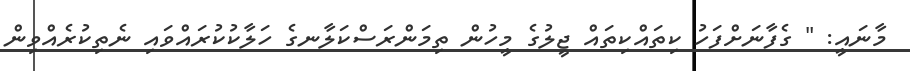
މާނައީ: " ގެފާނަށްފަހު ކިތައްކިތައް ޖީލުގެ މީހުން ތިމަންރަސްކަލާނގެ ހަލާކުކުރައްވައި ނެތިކުރެއްވިން